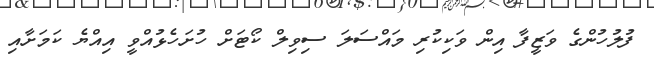
ފުލުހުންގެ ވަޒީފާ އިން ވަކިކުރި މައްސަލަ ސިވިލް ކޯޓަށް ހުށަހެޅުއްވީ އިއްޔެ ކަމަށާއި